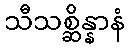
သီသစ္ဆိန္နာနံ